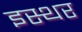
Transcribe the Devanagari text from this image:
इस्थर